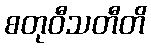
စတုဝီသတီတိ